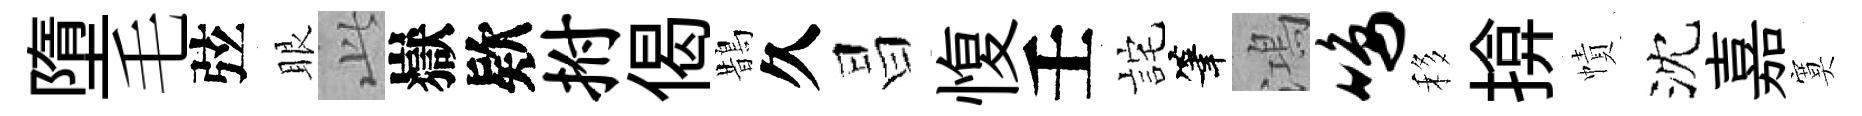
墮毛弦眼𬼘嶽欵拊偈鵲久昌愎壬詫筆鴻鸣移揜幘沈嘉寞